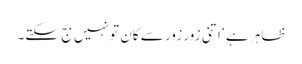
ظاہر ہے ‘ اتنی زور زور سے کان تو نہیں بج سکتے۔